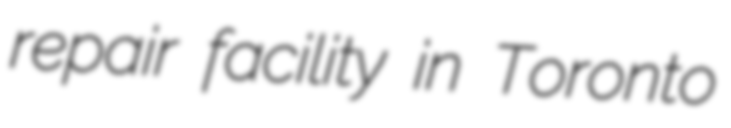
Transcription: repair facility in Toronto